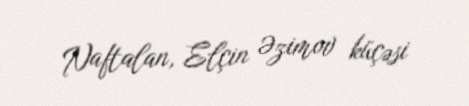
Naftalan, Elçin Əzimov küçəsi